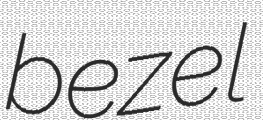
bezel